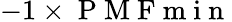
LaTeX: -1\times\mathrm{~P~M~F~m~i~n~}